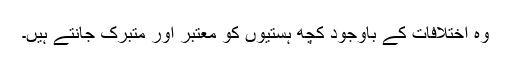
وہ اختلافات کے باوجود کچھ ہستیوں کو معتبر اور متبرک جانتے ہیں۔